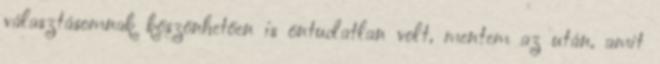
választásomnak köszönhetően is öntudatlan volt, mentem az után, amit